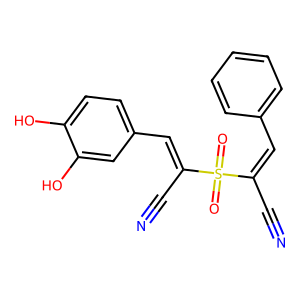
SMILES: N#CC(=Cc1ccccc1)S(=O)(=O)C(C#N)=Cc1ccc(O)c(O)c1
Inhibits HIV replication: No